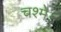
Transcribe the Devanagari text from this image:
चश्मे।